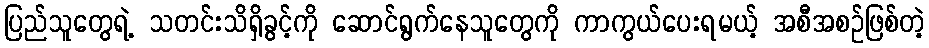
ပြည်သူတွေရဲ့ သတင်းသိရှိခွင့်ကို ဆောင်ရွက်နေသူတွေကို ကာကွယ်ပေးရမယ့် အစီအစဉ်ဖြစ်တဲ့